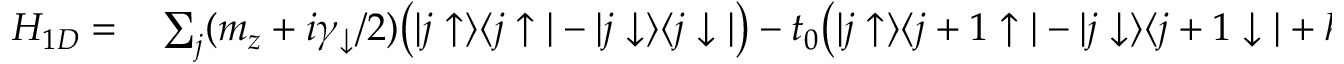
\begin{array} { r l } { H _ { 1 D } = } & { { } \sum _ { j } ( m _ { z } + i \gamma _ { \downarrow } / 2 ) \bigr ( | j \uparrow \rangle \langle j \uparrow | - | j \downarrow \rangle \langle j \downarrow | \bigr ) - t _ { 0 } \bigr ( | j \uparrow \rangle \langle j + 1 \uparrow | - | j \downarrow \rangle \langle j + 1 \downarrow | + h . c . \bigr ) } \end{array}